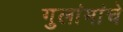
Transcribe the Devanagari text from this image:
गुलांमांचे